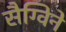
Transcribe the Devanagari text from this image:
सैग्विने